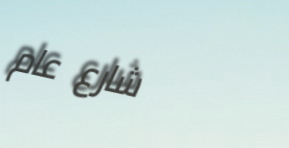
شارع عام